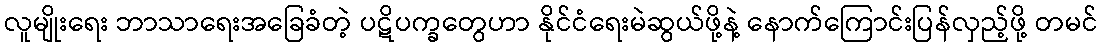
လူမျိုးရေး ဘာသာရေးအခြေခံတဲ့ ပဋိပက္ခတွေဟာ နိုင်ငံရေးမဲဆွယ်ဖို့နဲ့ နောက်ကြောင်းပြန်လှည့်ဖို့ တမင်